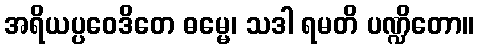
အရိယပ္ပဝေဒိတေ ဓမ္မေ၊ သဒါ ရမတိ ပဏ္ဍိတော။